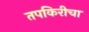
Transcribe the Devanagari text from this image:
तपकिरीचा